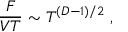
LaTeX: { \frac { F } { V T } } \sim T ^ { ( D - 1 ) / 2 } \; ,